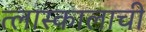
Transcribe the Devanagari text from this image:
त्लास्कालाची